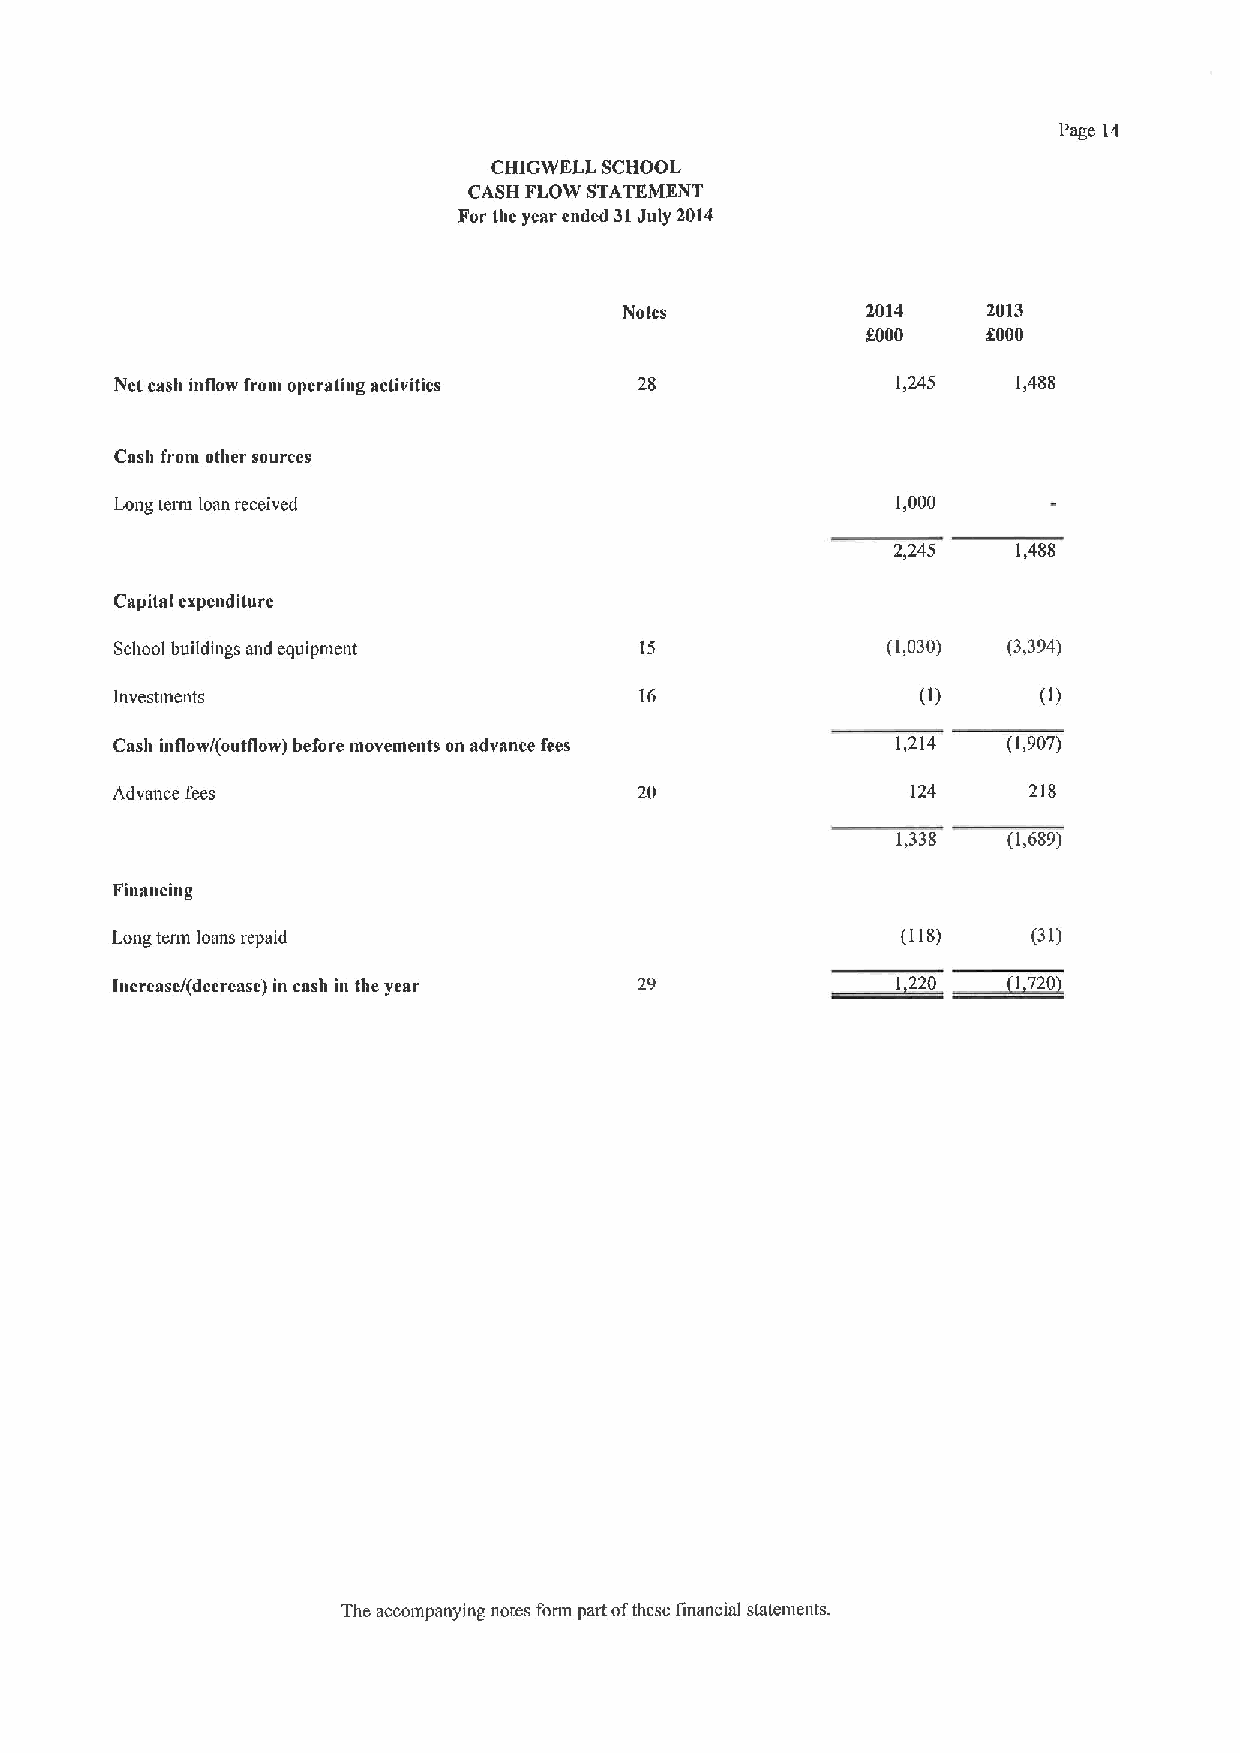
Page 14
 CHIGWELL SCBOOL
 CASH FLOW STATEMENT
 For the year ended 31July 2014
 Notes           2014    2013
 f000    f000
 Net cash inflow from operating activities          1,245   1,488
 Cash from other sources
 Long term loan received                            1,000
 2,245   1,488
 Capita Iexpenditure
 School buildings and equipment    15               (1,030) (3,394)
 Investments                       16
 Cash inflow/(outflow) before movements on advance fees 1.214 (1,907)
 Advance fees                       20                124     218
 1,338   (1,689)
 Financing
 ~0
 Long tenn loans rap~id                               (118)   (31)
 1»0
 Iacrease/(decrease) in cash in the year
 The accompanying notes foun part ofthese linancial statements.